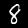
Label: 8